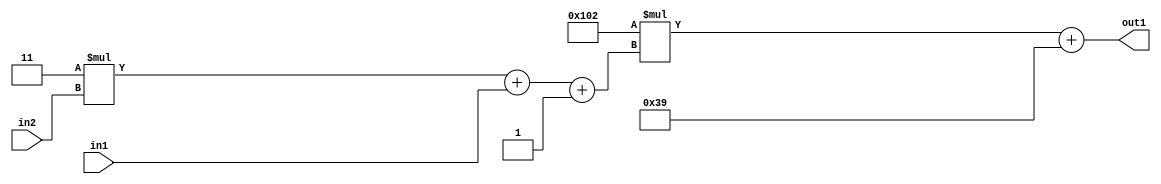
`timescale 1ps / 1ps
/*****************************************************************************
    Verilog RTL Description
    
    
    Created by: Stratus DpOpt 2019.1.01 
*******************************************************************************/

module DC_Filter_Add2i57Mul2i258Add3i1u1Mul2i3u2_1 (
	in2,
	in1,
	out1
	); /* architecture "behavioural" */ 
input [1:0] in2;
input  in1;
output [11:0] out1;
wire [11:0] asc001;
wire [3:0] asc002;

wire [3:0] asc002_tmp_0;
wire [3:0] asc002_tmp_1;
assign asc002_tmp_1 = 
	+(4'B0011 * in2);
assign asc002_tmp_0 = asc002_tmp_1
	+(in1);
assign asc002 = asc002_tmp_0
	+(4'B0001);

wire [11:0] asc001_tmp_2;
assign asc001_tmp_2 = 
	+(12'B000100000010 * asc002);
assign asc001 = asc001_tmp_2
	+(12'B000000111001);

assign out1 = asc001;
endmodule

/* CADENCE  vrP2Qg0= : u9/ySgnWtBlWxVPRXgAZ4Og= ** DO NOT EDIT THIS LINE ******/